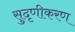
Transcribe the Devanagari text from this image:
सुदृणीकरण